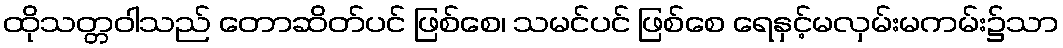
ထိုသတ္တဝါသည် တောဆိတ်ပင် ဖြစ်စေ၊ သမင်ပင် ဖြစ်စေ ရေနှင့်မလှမ်းမကမ်း၌သာ